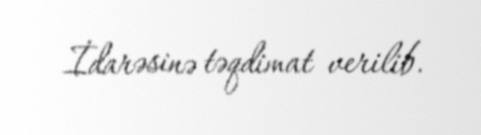
İdarəsinə təqdimat verilib.